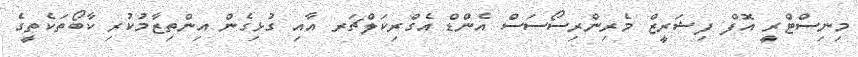
މިނިސްޓްރީ އޮފް ފިޝަރީޒް މެރިންރިސޯސަސް އެންޑް އެގްރިކަލްޗަރ އާއި ގުޅިގެން އިންތިޒާމުކުރި ކާބޯތަކެތީގެ